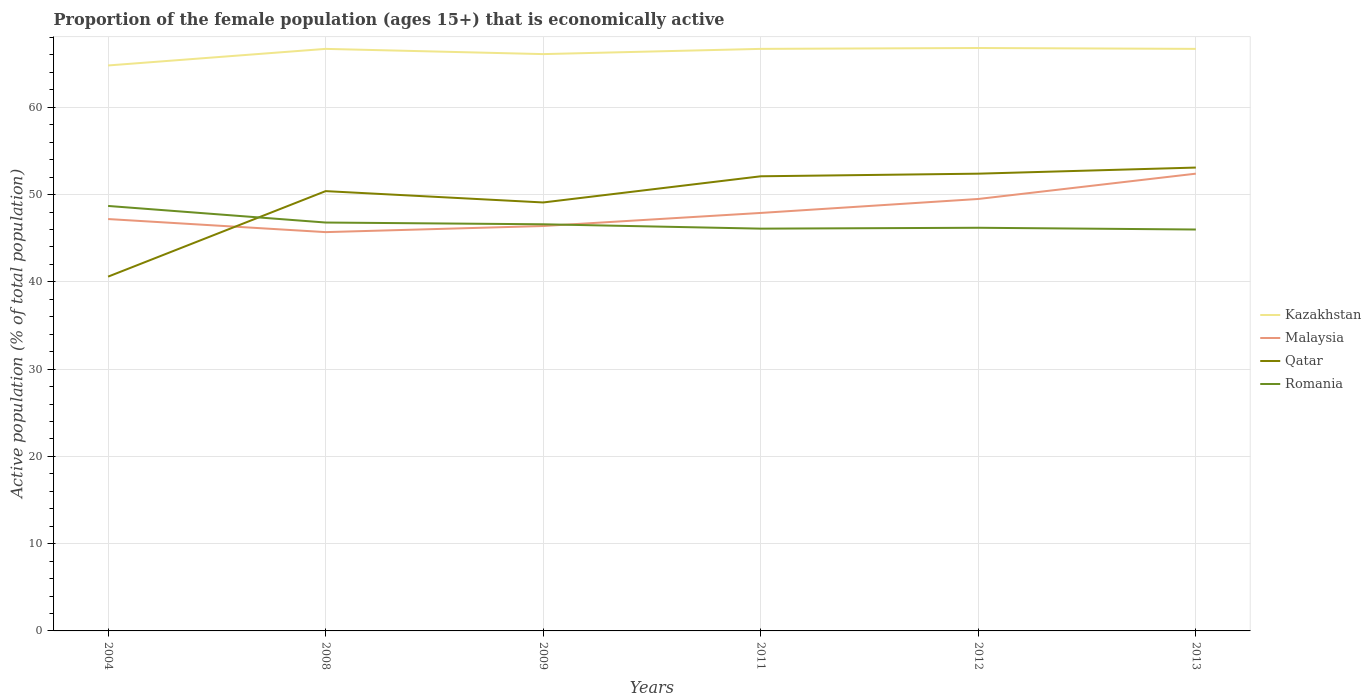
| Years | Kazakhstan | Malaysia | Qatar | Romania |
 | --- | --- | --- | --- | --- |
 | 2004 | 64.8 | 47.2 | 40.6 | 48.7 |
 | 2008 | 66.7 | 45.7 | 50.4 | 46.8 |
 | 2009 | 66.1 | 46.4 | 49.1 | 46.6 |
 | 2011 | 66.7 | 47.9 | 52.1 | 46.1 |
 | 2012 | 66.8 | 49.5 | 52.4 | 46.2 |
 | 2013 | 66.7 | 52.4 | 53.1 | 46 |